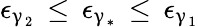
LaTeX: \epsilon_{\upgamma_{2}}\, \leq\, \epsilon_{\upgamma_{\ast}}\, \leq\, \epsilon_{\upgamma_{1}}